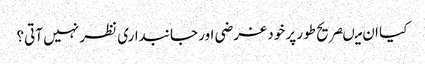
کیا ان میںصریح طور پر خود غرضی اور جانبداری نظر نہیں آتی؟